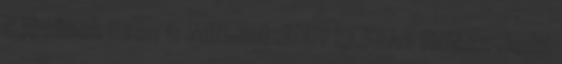
a jövőnek üzen 0 MINDEN JEGY ELKELT Halász Judit